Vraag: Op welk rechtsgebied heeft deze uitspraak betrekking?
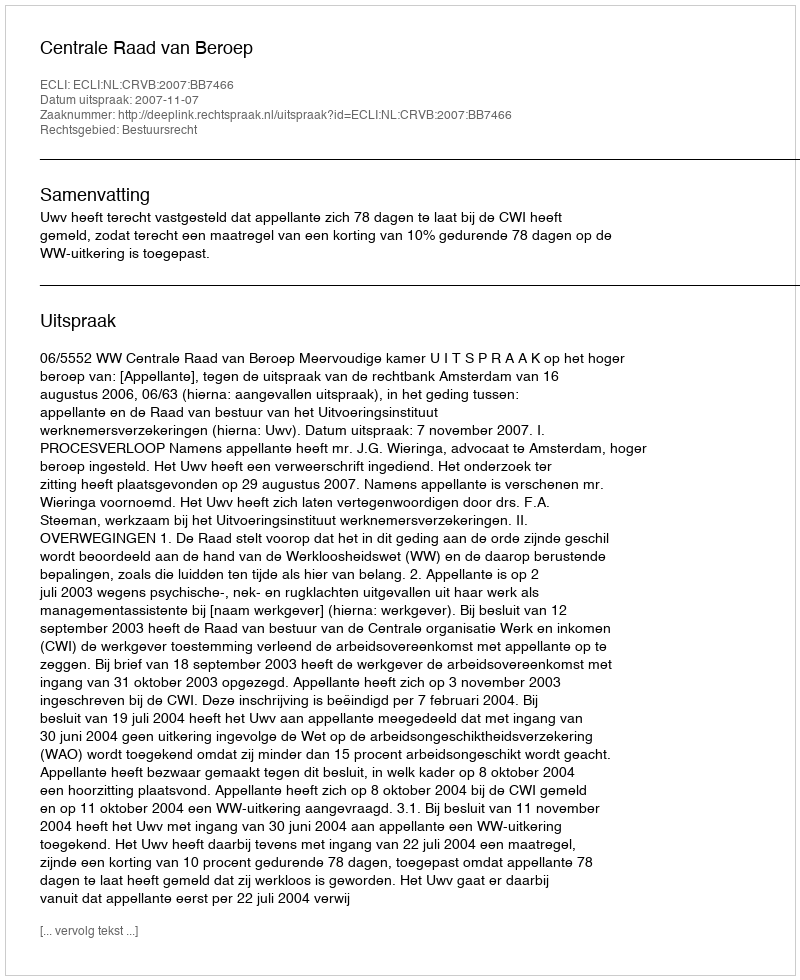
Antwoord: Bestuursrecht